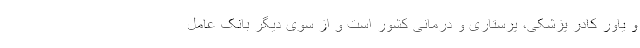
و یاور کادر پزشکی، پرستاری و درمانی کشور است و از سوی دیگر بانک عامل